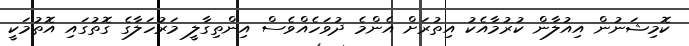
ކޮމިޝަނުން އިއުލާން ކުރުމާއެކު އިތުރަށް އެންމެ ދުވަހެއްވެސް އިންތިގާލީ މަރުހަލާގެ ގޮތުގައި އޮތުމަކީ